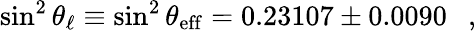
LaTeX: \sin^{2}\theta_{\ell}\equiv\sin^{2}\theta_{\mathrm{eff}}=0.23107\pm 0.0090~~~,